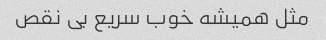
مثل همیشه خوب سریع بی نقص